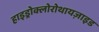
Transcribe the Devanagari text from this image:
हाइड्रोक्लोरोथायज़ाइड